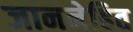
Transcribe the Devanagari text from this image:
जाननेहित